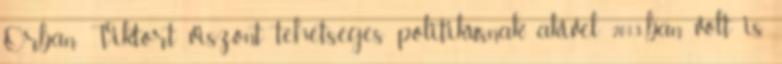
Orbán Viktort viszont tehetséges politikusnak, akivel 2013-ban volt is